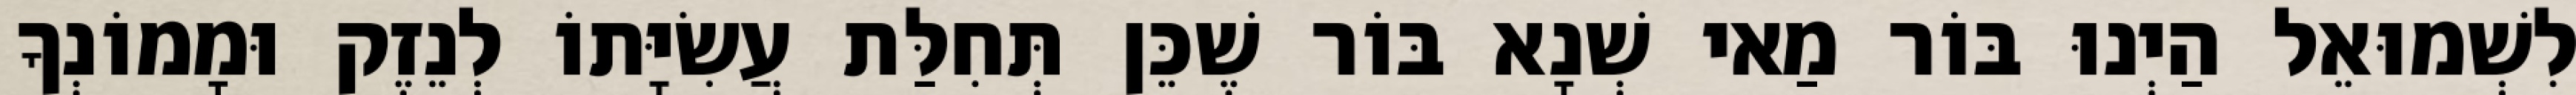
לִשְׁמוּאֵל הַיְנוּ בּוֹר מַאי שְׁנָא בּוֹר שֶׁכֵּן תְּחִלַּת עֲשִׂיָּתוֹ לְנֵזֶק וּמָמוֹנְךָ